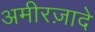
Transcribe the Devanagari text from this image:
अमीरज़ादे